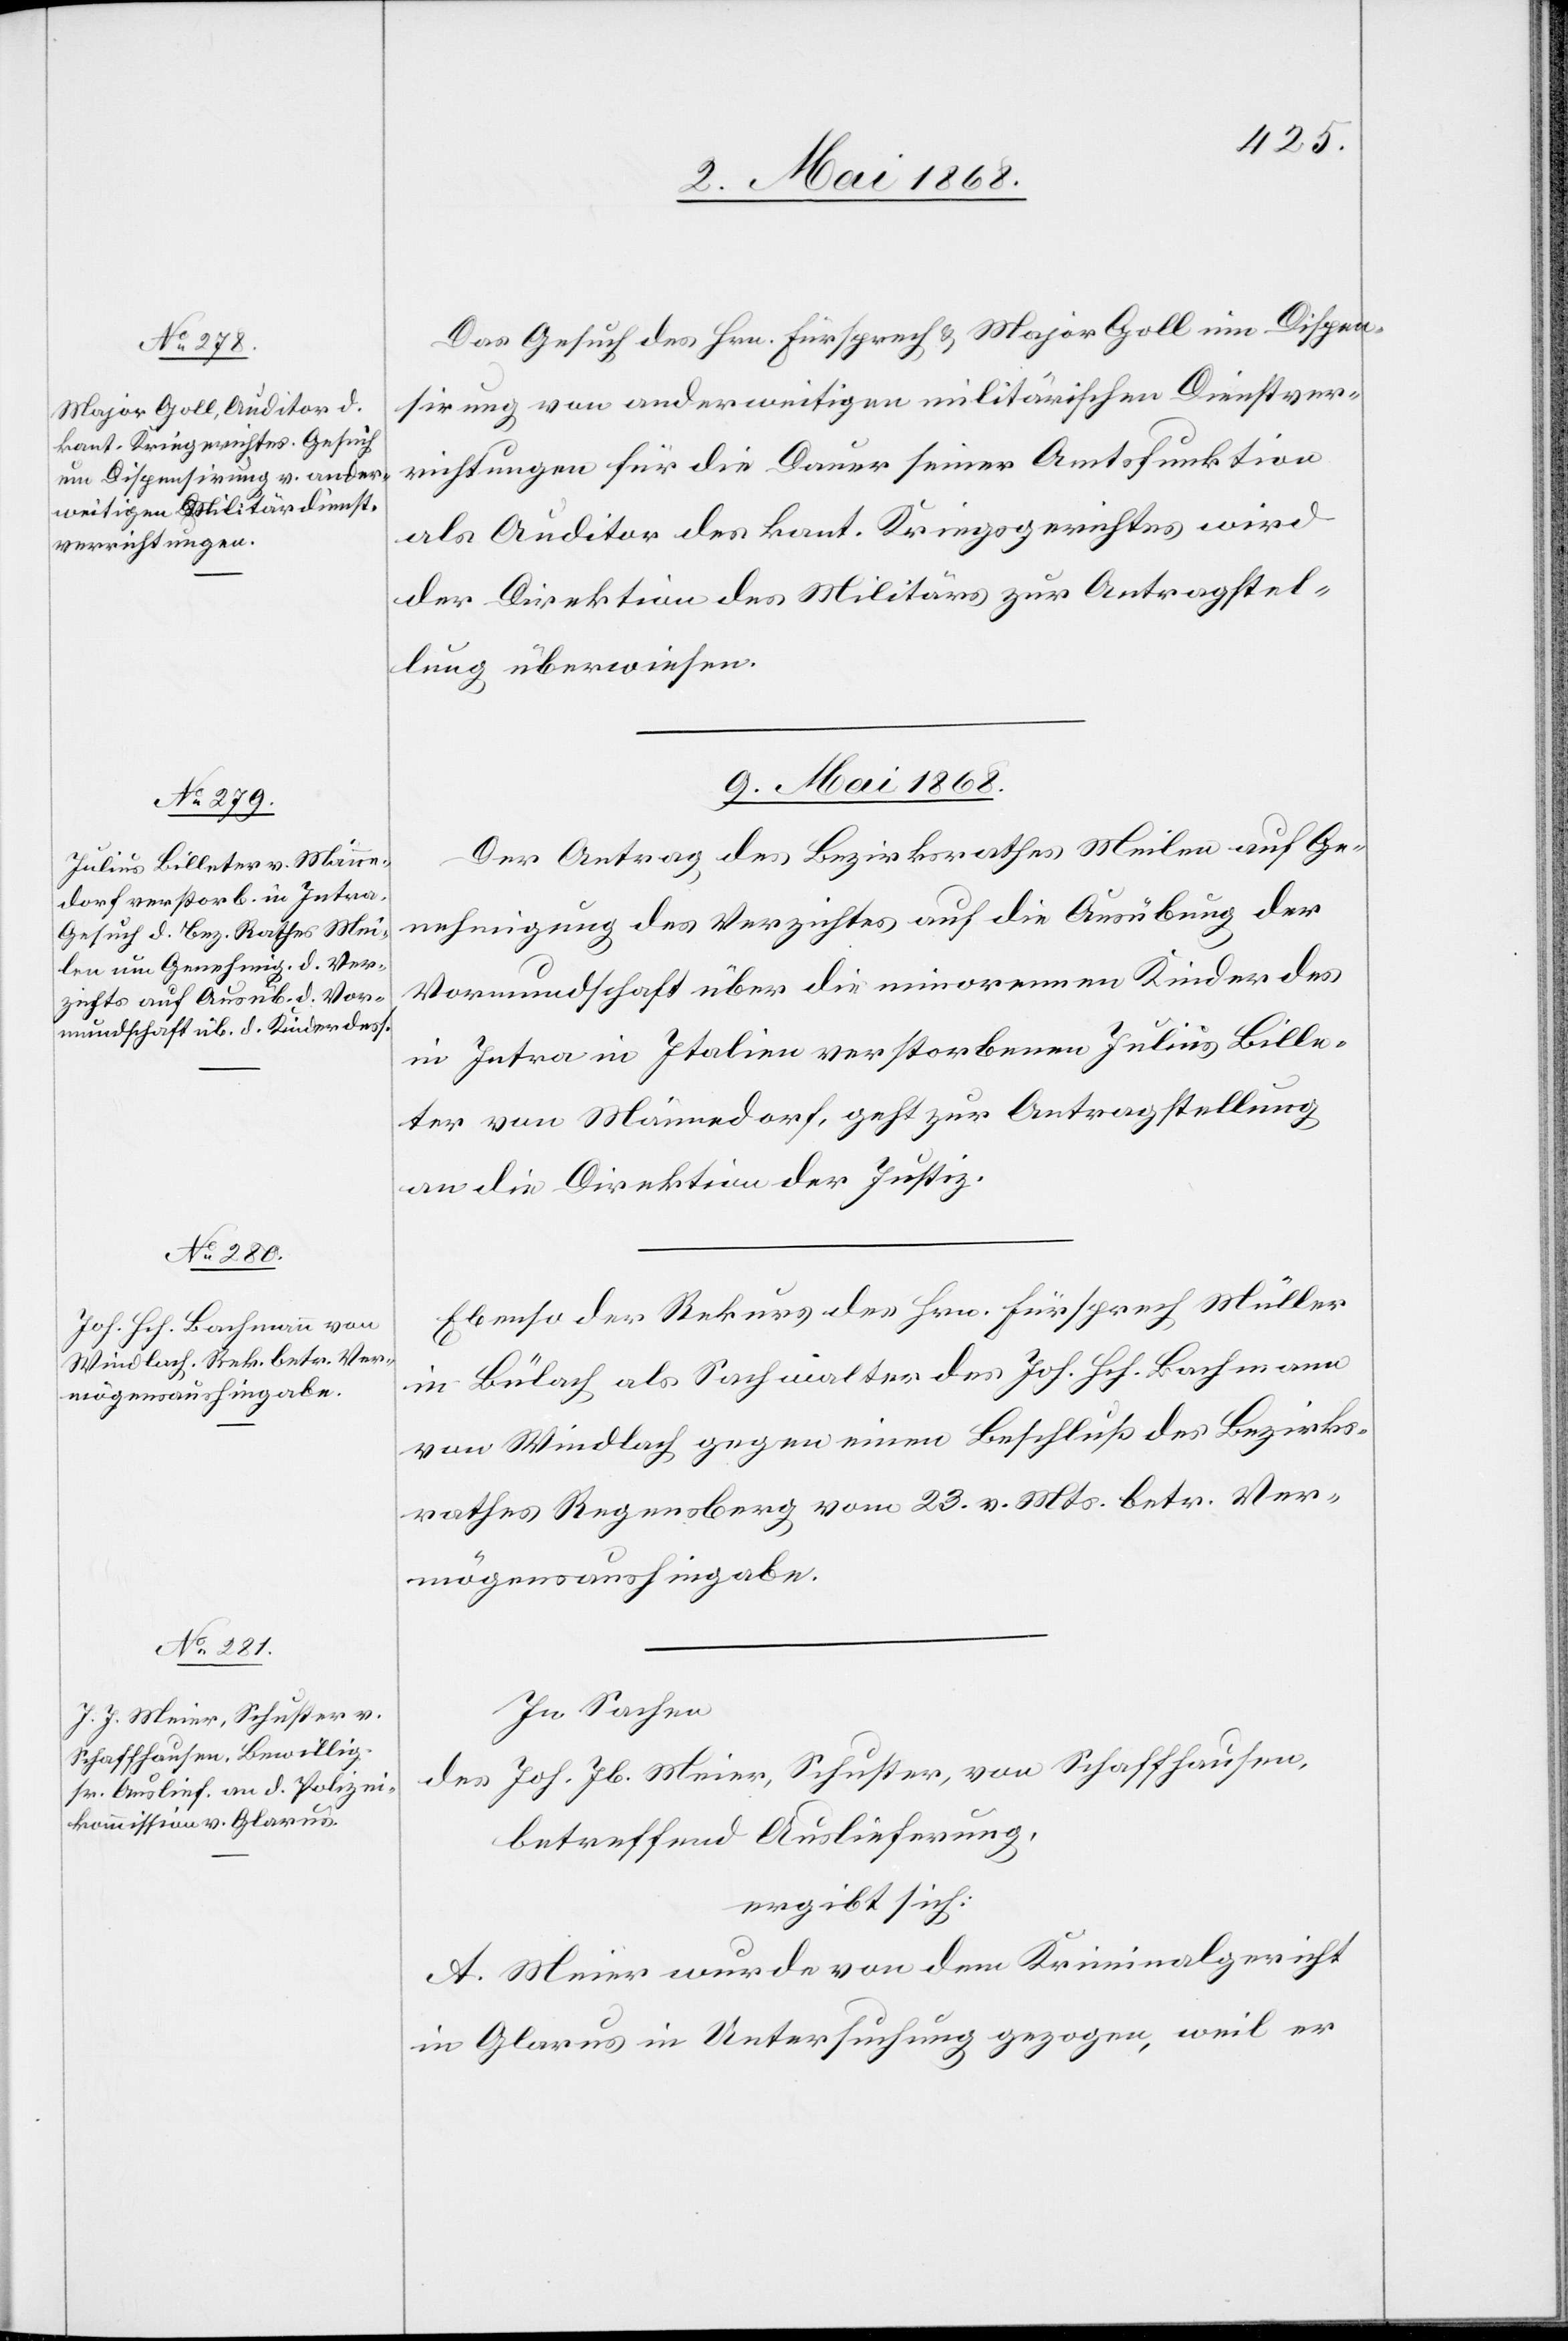
8. Mai 1868.]
Das Gesuch des Hrn. Fürsprech & Major Goll um Dispen¬
sirung von anderweitigen militärischen Dienstver¬
richtungen für die Dauer seiner Amtsfunktion
als Auditor des kant. Kriegsgerichtes wird
der Direktion des Militärs zur Antragstel¬
lung überwiesen.
9. Mai 1868.]
Der Antrag des Bezirksrathes Meilen auf Ge¬
nehmigung des Verzichtes auf die Ausübung der
Vormundschaft über die minorennen Kinder des
in Intra in Italien verstorbenen Julius Bille¬
ter von Männedorf, geht zur Antragstellung
an die Direktion der Justiz.
Ebenso der Rekurs des Hrn. Fürsprech Müller
in Bülach als Sachwalter des Joh. Hch. Bachmann
von Windlach gegen einen Beschluß des Bezirks¬
rathes Regensberg vom 23. v. Mts. betr. Ver¬
mögensaushingabe.
In Sachen
des Joh. Jb. Meier, Schuster, von Schaffhausen,
betreffend Auslieferung,
ergibt sich:
A. Meier wurde von dem Kriminalgericht
in Glarus in Untersuchung gezogen, weil er